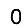
Digit: 0